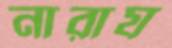
নারায